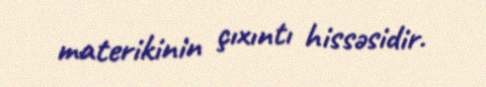
materikinin çıxıntı hissəsidir.